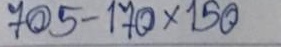
705 - 170 x 150